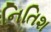
નિતિશ